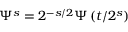
\Psi ^ { s } = 2 ^ { - s / 2 } \Psi \left( t / 2 ^ { s } \right)